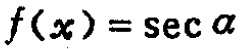
\(f(x)=\sec\alpha\)